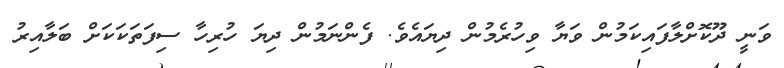
ވަނީ ދޫކޮށްލާފައިކަމުން ވަޔާ ވިހުރެމުން ދިޔައެވެ. ފެންނަމުން ދިޔަ ހުރިހާ ސިފަތަކަކަށް ބަލާއިރު